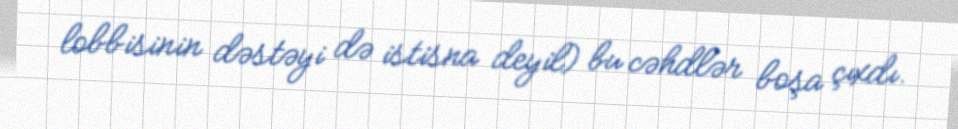
lobbisinin dəstəyi də istisna deyil) bu cəhdlər boşa çıxdı.